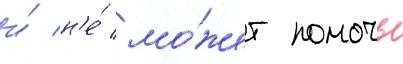
и́ н'е́ мо́жет помочь